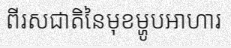
ពីរសជាតិនៃមុខម្ហូបអាហារ